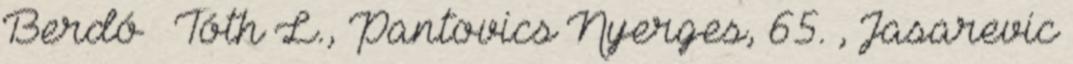
Berdó – Tóth L., Pantovics Nyerges, 65. , Jasarevic